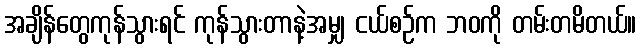
အချိန်တွေကုန်သွားရင် ကုန်သွားတာနဲ့အမျှ ငယ်စဉ်က ဘဝကို တမ်းတမိတယ်။